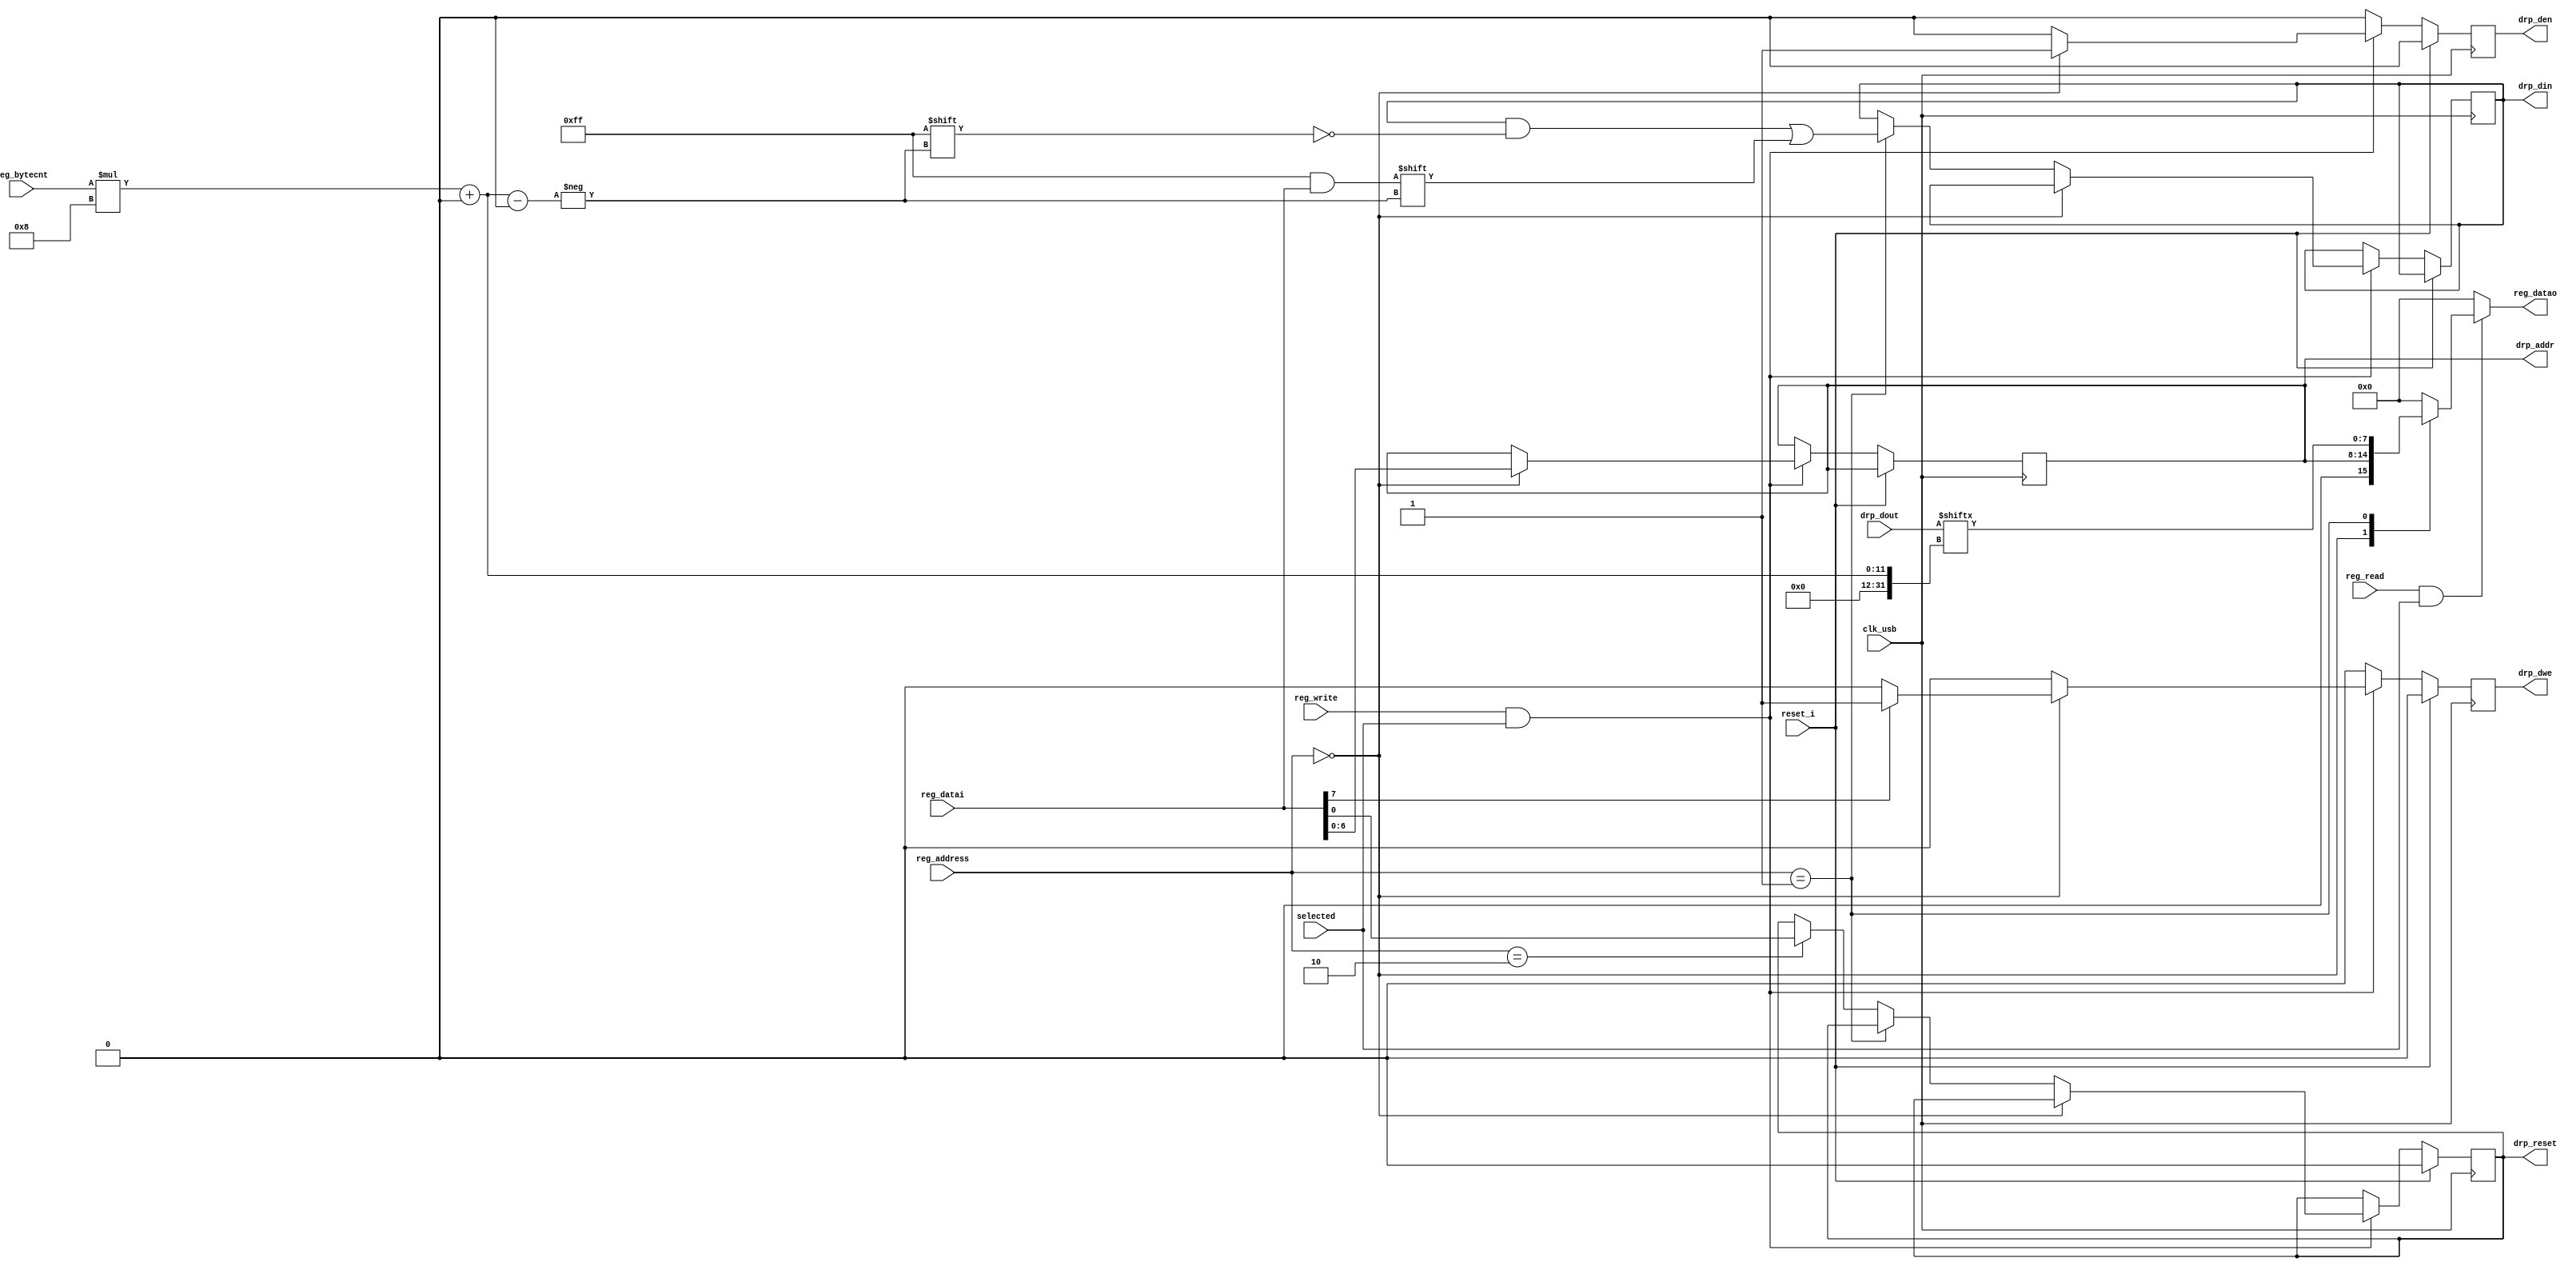
module reg_mmcm_drp #(
   parameter pBYTECNT_SIZE = 7,
   parameter pDRP_ADDR = 0,
   parameter pDRP_DATA = 1,
   parameter pDRP_RESET = 2
)(
   input  wire         reset_i,
   input  wire         clk_usb,
   input  wire         selected,     // not really needed, just for compatibility with TraceWhisperer version of this module
   input  wire [7:0]   reg_address,  // Address of register
   input  wire [pBYTECNT_SIZE-1:0]  reg_bytecnt,  // Current byte count
   input  wire [7:0]   reg_datai,    // Data to write
   output wire [7:0]   reg_datao,    // Data to read
   input  wire         reg_read,     // Read flag
   input  wire         reg_write,    // Write flag

   output reg  [6:0]   drp_addr,
   output reg          drp_den,
   output reg  [15:0]  drp_din,
   input  wire [15:0]  drp_dout,
   output reg          drp_dwe,
   output reg          drp_reset
); 


// DRP usage:
// Writes: push write data to DRP data, then write DRP_ADDR with MSB set.
// Reads: write DRP_ADDR with MSB clear, then obtain read data from DRP_DATA.


   reg [7:0] reg_datao_reg;
   assign reg_datao = reg_datao_reg;

   always @(*) begin
      if (reg_read && selected) begin
         case (reg_address)
           pDRP_ADDR: reg_datao_reg = {1'b0, drp_addr};
           pDRP_DATA: reg_datao_reg = drp_dout[reg_bytecnt*8 +: 8];
           default: reg_datao_reg = 0;
         endcase
      end
      else
         reg_datao_reg = 0;
   end  

   always @(posedge clk_usb) begin
      if (reset_i) begin
         drp_dwe <= 1'b0;
         drp_den <= 1'b0;
         drp_reset <= 1'b0;
      end
      else begin
         if (reg_write && selected) begin
            if (reg_address == pDRP_ADDR) begin
               drp_addr <= reg_datai[6:0];
               drp_den <= 1'b1;
               // DRP write:
               if (reg_datai[7])
                  drp_dwe <= 1'b1;
               // DRP read:
               else
                  drp_dwe <= 1'b0;
            end

            else begin
               drp_dwe <= 1'b0;
               drp_den <= 1'b0;
               if (reg_address == pDRP_DATA)
                  drp_din[reg_bytecnt*8 +: 8] <= reg_datai;
               else if (reg_address == pDRP_RESET)
                  drp_reset <= reg_datai[0];
            end

         end

         else begin
            drp_dwe <= 1'b0;
            drp_den <= 1'b0;
         end

      end
   end


   `ifdef ILA_DRP
       ila_drp U_ila_drp (
	      .clk            (clk_usb),      // input wire clk
	      .probe0         (drp_addr),     // input wire [6:0]  probe0  
	      .probe1         (drp_den),      // input wire [7:0]  probe1 
	      .probe2         (drp_din),      // input wire [15:0] probe2 
	      .probe3         (drp_dout),     // input wire [15:0] probe3 
	      .probe4         (1'b0),         // input wire [0:0]  probe4 
	      .probe5         (drp_dwe)       // input wire [0:0]  probe5 
       );
   `endif


endmodule